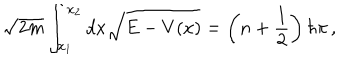
\sqrt { 2 m } \int _ { x _ { 1 } } ^ { x _ { 2 } } d x \sqrt { E - V ( x ) } = \left( n + \frac { 1 } { 2 } \right) \hbar \pi \, ,